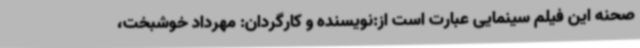
صحنه این فیلم سینمایی عبارت است از:نویسنده و کارگردان: مهرداد خوشبخت،